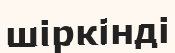
шіркінді